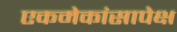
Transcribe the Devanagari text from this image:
एकमेकांसापेक्ष